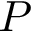
P